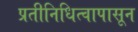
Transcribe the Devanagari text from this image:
प्रतीनिधित्वापासून